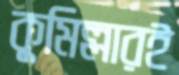
কুমিল্লারই